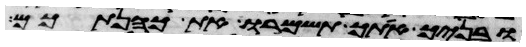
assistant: ובניך אתך תשמרו את כהנתכם